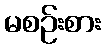
မစဉ်းစား